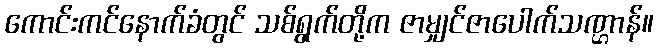
ကောင်းကင်နောက်ခံတွင် သစ်ရွက်တို့က ဇာမျှင်ဇာပေါက်သဏ္ဌာန်။